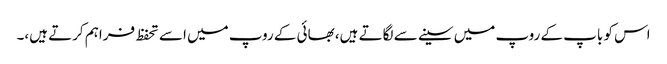
اس کو باپ کے روپ میں سینے سے لگاتے ہیں، بھائی کے روپ میں اسے تحفظ فراہم کرتے ہیں،۔